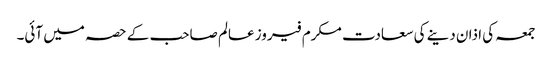
جمعہ کی اذان دینے کی سعادت مکرم فیروز عالم صاحب کے حصہ میں آئی۔